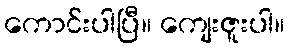
ကောင်းပါပြီ။ ကျေးဇူးပါ။